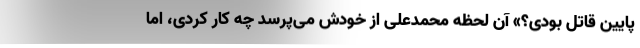
پایین قاتل بودی؟» آن لحظه محمدعلی از خودش می‌پرسد چه کار کردی، اما